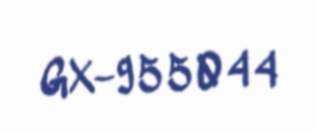
GX-955044